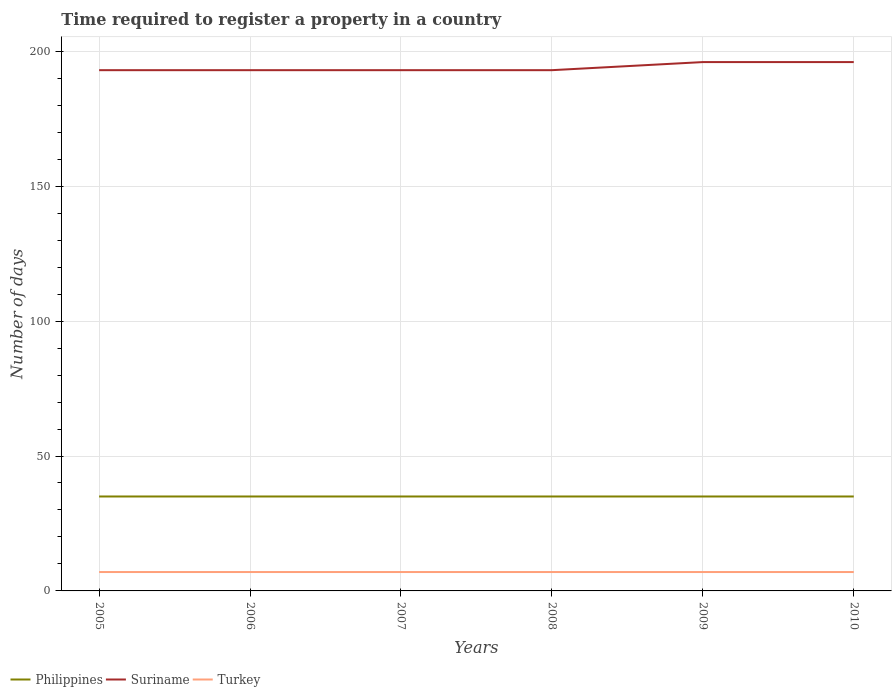
| Years | Philippines | Suriname | Turkey |
 | --- | --- | --- | --- |
 | 2005 | 35 | 193 | 7 |
 | 2006 | 35 | 193 | 7 |
 | 2007 | 35 | 193 | 7 |
 | 2008 | 35 | 193 | 7 |
 | 2009 | 35 | 196 | 7 |
 | 2010 | 35 | 196 | 7 |